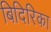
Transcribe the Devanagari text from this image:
बिदिरिका